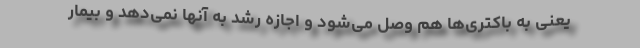
یعنی به باکتری‌ها هم وصل می‌شود و اجازه رشد به آنها نمی‌‌دهد و بیمار